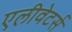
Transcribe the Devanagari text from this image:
एलीवेटर्स